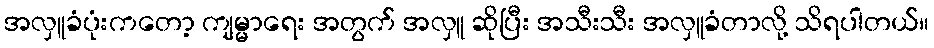
အလှူခံပုံးကတော့ ကျမ္မာရေး အတွက် အလှူ ဆိုပြီး အသီးသီး အလှူခံတာလို့ သိရပါတယ်။